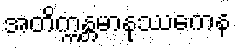
အတိက္ကန္တမာနုဿကေန